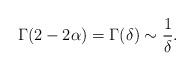
LaTeX: \begin{align*}\Gamma(2-2\alpha)=\Gamma(\delta)\sim\frac{1}{\delta}.\end{align*}